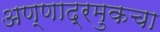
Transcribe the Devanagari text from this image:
अण्णाद्रमुकचा